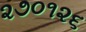
૨૭૦૧૨૬